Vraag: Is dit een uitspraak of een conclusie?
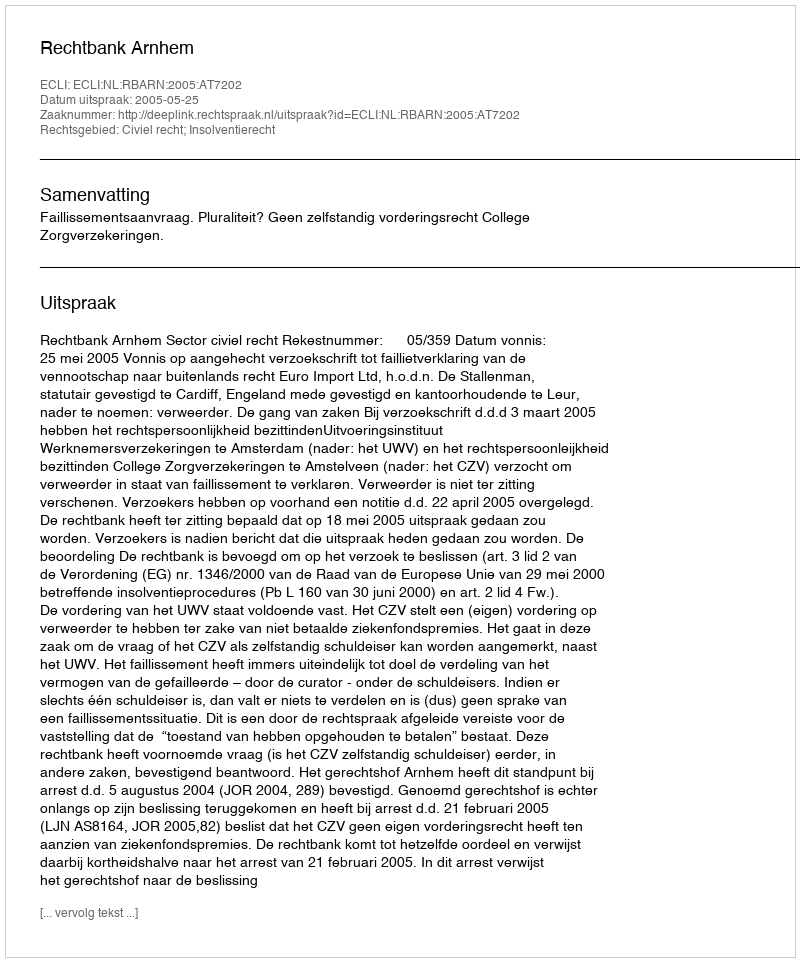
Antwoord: Uitspraak